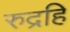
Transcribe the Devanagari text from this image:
रुद्रहि